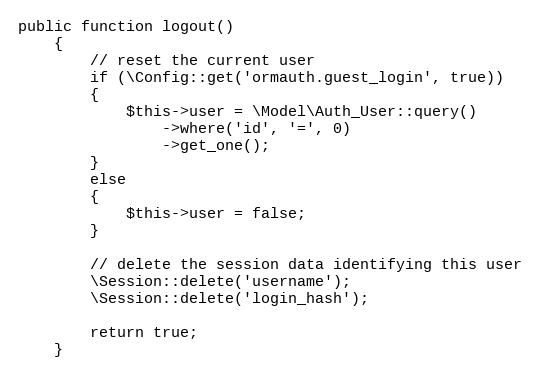
Language: PHP
public function logout()
	{
		// reset the current user
		if (\Config::get('ormauth.guest_login', true))
		{
			$this->user = \Model\Auth_User::query()
				->where('id', '=', 0)
				->get_one();
		}
		else
		{
			$this->user = false;
		}

		// delete the session data identifying this user
		\Session::delete('username');
		\Session::delete('login_hash');

		return true;
	}